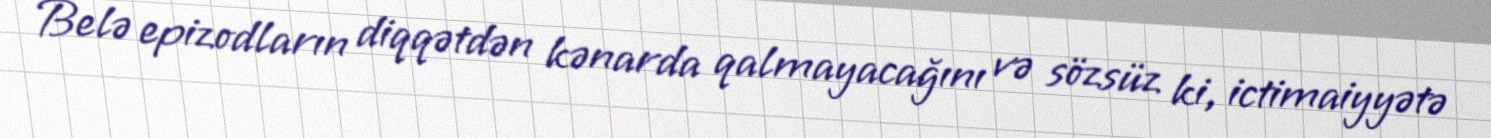
Belə epizodların diqqətdən kənarda qalmayacağını və sözsüz ki, ictimaiyyətə